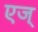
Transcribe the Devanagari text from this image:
एज्